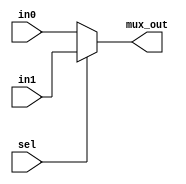
module mux#(localparam WIDTH = 8)(
                                    input             sel    ,
                                    input [WIDTH:0]   in0    ,
                                                      in1    ,
                                    output [WIDTH:0]  mux_out
);
    assign mux_out = sel ? in1 : in0;
endmodule